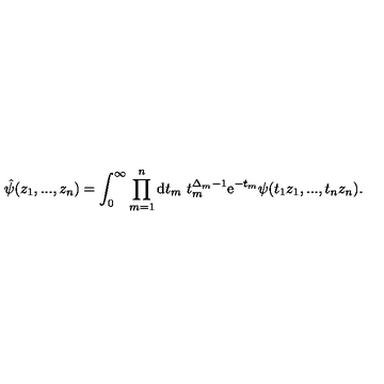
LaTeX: \hat { \psi } ( z _ { 1 } , . . . , z _ { n } ) = \int _ { 0 } ^ { \infty } \prod _ { m = 1 } ^ { n } \mathrm { d } t _ { m } \ t _ { m } ^ { \Delta _ { m } - 1 } \mathrm { e } ^ { - t _ { m } } \psi ( t _ { 1 } z _ { 1 } , . . . , t _ { n } z _ { n } ) .